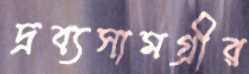
দ্রব্যসামগ্রীর